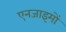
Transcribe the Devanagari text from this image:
एनजाइमों